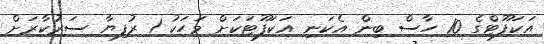
އަކަފޫޓްގެ 10 ހާސް ބިން އެކަނި އަކަފޫޓަކަށް މަހަކު 1 ރުފިޔާ ސަރުކާރަށް